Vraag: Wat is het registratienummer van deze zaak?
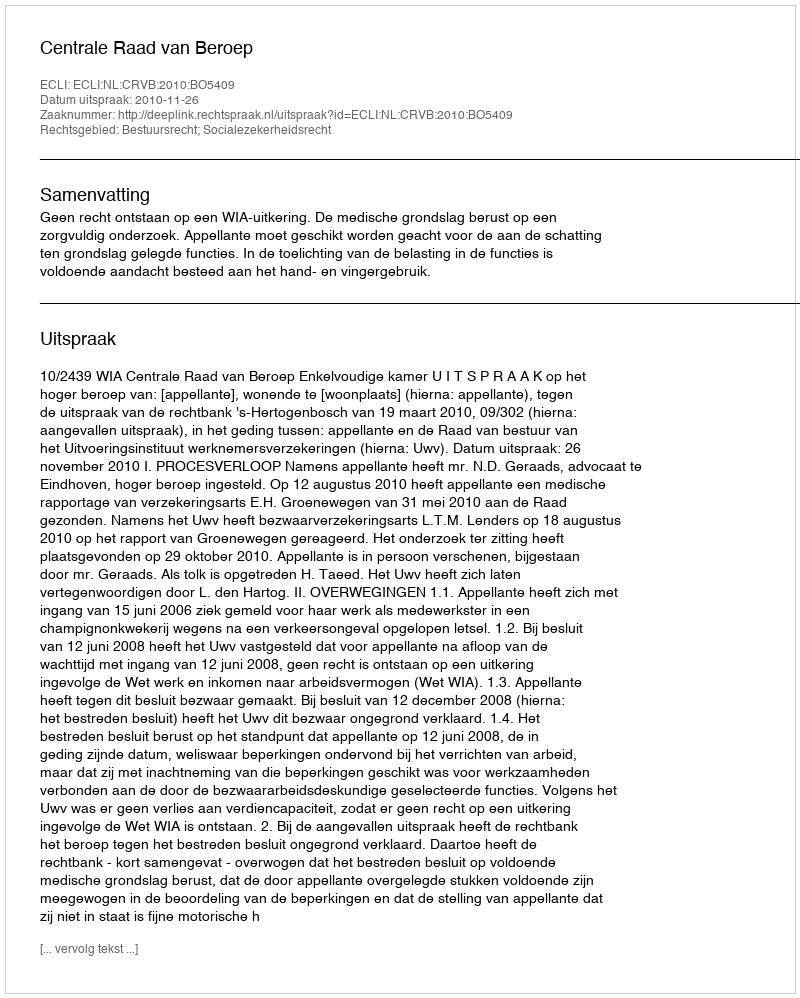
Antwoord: http://deeplink.rechtspraak.nl/uitspraak?id=ECLI:NL:CRVB:2010:BO5409